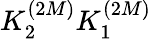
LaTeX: K_{2}^{(2M)}K_{1}^{(2M)}